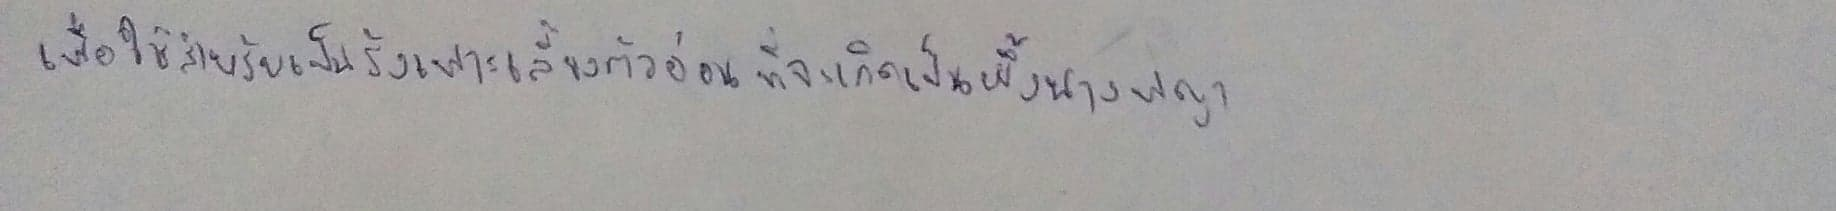
เพื่อใช้สำหรับเป็นรังเพาะเลี้ยงตัวอ่อนที่จะเกิดเป็นผึ้งนางพญา